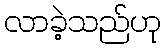
လာခဲ့သည်ဟု